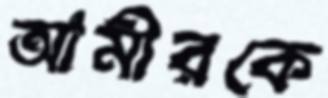
আমীরকে